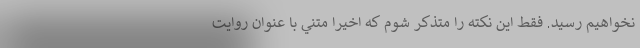
نخواهيم رسيد. فقط اين نكته را متذكر شوم كه اخيرا متني با عنوان روايت